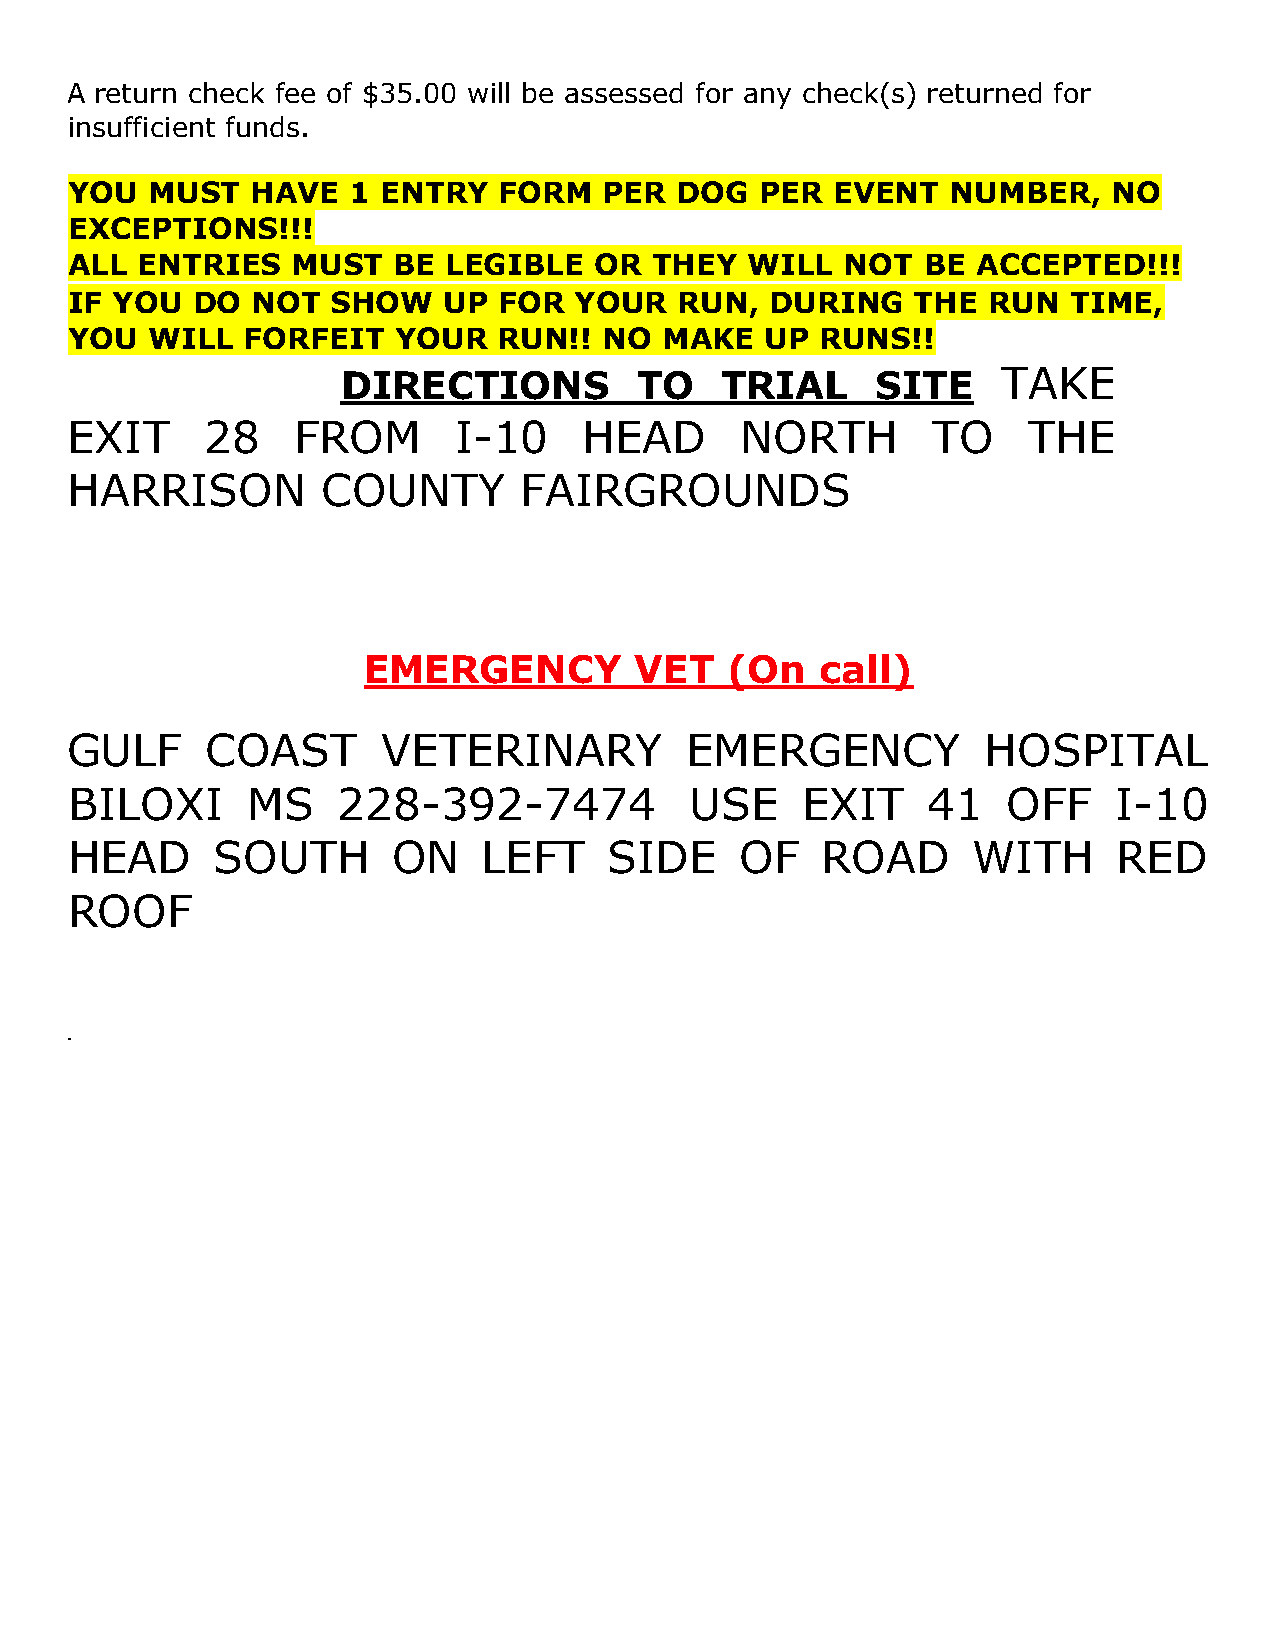
A return check fee of $35.00 will be assessed for any check(s) returned for
 insufficient funds.
 YOU  MUST   HAVE  1 ENTRY   FORM   PER  DOG  PER  EVENT   NUMBER,    NO
 EXCEPTIONS!!!
 ALL ENTRIES   MUST   BE  LEGIBLE  OR  THEY   WILL  NOT  BE  ACCEPTED!!!
 IF YOU  DO  NOT  SHOW   UP  FOR  YOUR   RUN,  DURING    THE RUN   TIME,
 YOU  WILL  FORFEIT   YOUR   RUN!!  NO  MAKE   UP RUNS!!
 DIRECTIONS         TO    TRIAL     SITE    TAKE
 EXIT     28    FROM       I-10     HEAD      NORTH        TO    THE
 HARRISON         COUNTY       FAIRGROUNDS
 EMERGENCY         VET   (On   call)
 GULF      COAST      VETERINARY          EMERGENCY           HOSPITAL
 BILOXI      MS    228-392-7474            USE    EXIT    41    OFF    I-10
 HEAD      SOUTH       ON    LEFT    SIDE     OF   ROAD      WITH      RED
 ROOF